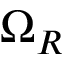
\Omega _ { R }